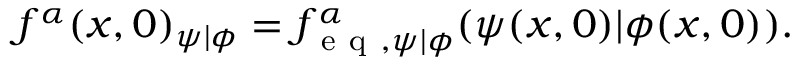
f ^ { \alpha } ( \boldsymbol { x } , 0 ) _ { \psi \vert \phi } = f _ { \mathrm { ~ e ~ q ~ } , \psi \vert \phi } ^ { \alpha } ( \psi ( \boldsymbol { x } , 0 ) \vert \phi ( \boldsymbol { x } , 0 ) ) .